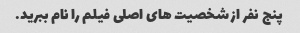
پنج نفر از شخصیت های اصلی فیلم را نام ببرید.